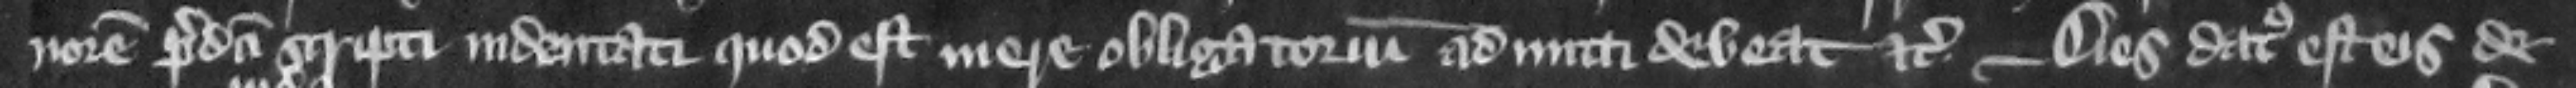
norem predicti scripti indentati quod est mere obligatorium admitti debeat etc. Dies datus est eis de